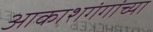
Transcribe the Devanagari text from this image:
आकाशगंगांच्या